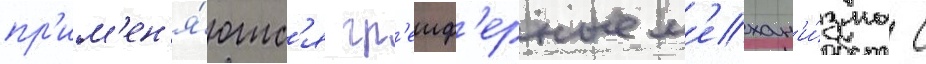
пр'им'ен'я́ютс'я гр'еиф'ерные м'ехан'и́змы с